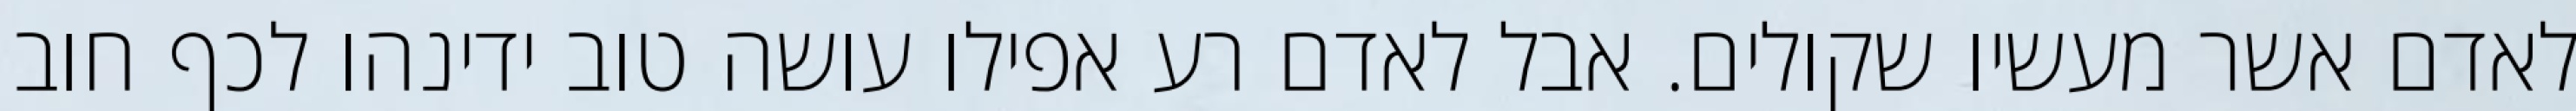
לאדם אשר מעשיו שקולים. אבל לאדם רע אפילו עושה טוב ידינהו לכף חוב